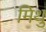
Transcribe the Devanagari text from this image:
मिथु